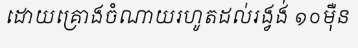
ដោយគ្រោងចំណាយរហូតដល់រង្វង់ ១០ម៉ឺន